Report on vaccination in the Province of Bengal - 1874-1889
Year: 1874
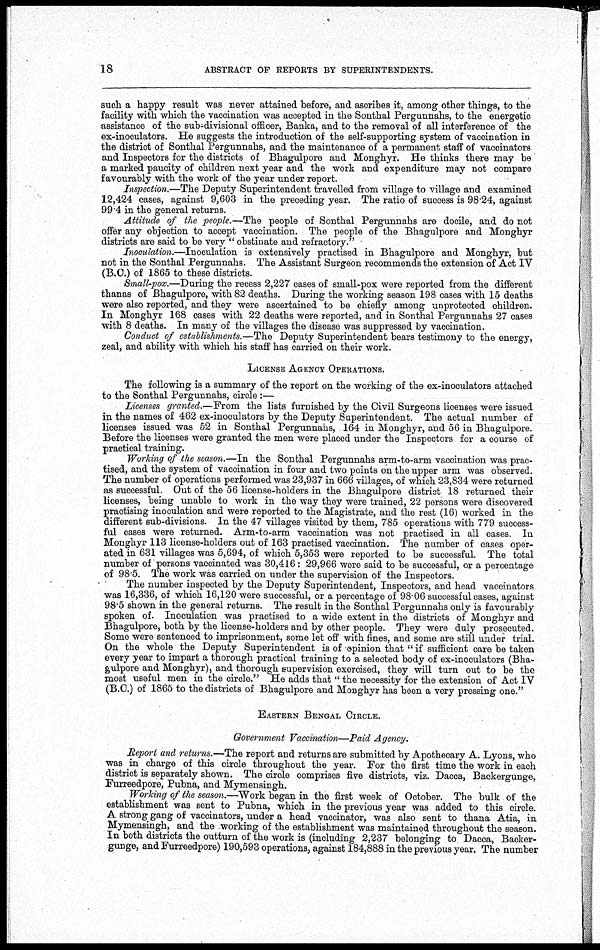
18
ABSTRACT OF REPORTS BY SUPERINTENDENTS.
such a happy result was never attained before, and ascribes it, among other things, to the
facility with which the vaccination was accepted in the Sonthal Pergunnahs, to the energetic
assistance of the sub-divisional officer, Banka, and to the removal of all interference of the
ex-inoculators. He suggests the introduction of the self-supporting system of vaccination in
the district of Sonthal Pergunnahs, and the maintenance of a permanent staff of vaccinators
and Inspectors for the districts of Bhagulpore and Monghyr. He thinks there may be
a marked paucity of children next year and the work and expenditure may not compare
favourably with the work of the year under report.
Inspection.—The Deputy Superintendent travelled from village to village and examined
12,424 cases, against 9,603 in the preceding year. The ratio of success is 98.24, against
99.4 in the general returns.
Attitude of the people.—The people of Sonthal Pergunnahs are docile, and do not
offer any objection to accept vaccination. The people of the Bhagulpore and Monghyr
districts are said to be very " obstinate and refractory." *
Inoculation.—Inoculation is extensively practised in Bhagulpore and Monghyr, but
not in the Sonthal Pergunnahs. The Assistant Surgeon recommends the extension of Act IV
(B.C.) of 1865 to these districts.
Small-pox.—During the recess 2,227 cases of small-pox were reported from the different
thanas of Bhagulpore, with 82 deaths. During the working season 198 cases with 15 deaths
were also reported, and they were ascertained to be chiefly among unprotected children.
In Monghyr 168 cases with 22 deaths were reported, and in Sonthal Pergunnahs 27 cases
with 8 deaths. In many of the villages the disease was suppressed by vaccination.
Conduct of establishments.—The Deputy Superintendent bears testimony to the energy,
zeal, and ability with which his staff has carried on their work.
LICENSE AGENCY OPERATIONS.
The following is a summary of the report on the working of the ex-incoulators attached
to the Sonthal Pergunnahs, circle:—
Licenses granted.—From the lists furnished by the Civil Surgeons licenses were issued
in the names of 462 ex-inoculators by the Deputy Superintendent. The actual number of
licenses issued was 52 in Sonthal Pergunnahs, 164 in Monghyr, and 56 in Bhagulpore.
Before the licenses were granted the men were placed under the Inspectors for a course of
practical training.
Working of the season.—In the Sonthal Pergunnahs arm-to-arm vaccination was prac-
tised, and the system of vaccination in four and two points on the upper arm was observed.
The number of operations performed was 23,937 in 666 villages, of which 23,834 were returned
as successful. Out of the 56 license-holders in the Bhagulpore district 18 returned their
licenses, being unable to work in the way they were trained, 22 persons were discovered
practising incoulation and were reported to the Magistrate, and the rest (16) worked in the
different sub-divisions. In the 47 villages visited by them, 785 operations with 779 success-
ful cases were returned. Arm-to-arm vaccination was not practised in all cases. In
Monghyr 113 license-holders out of 163 practised vaccination. The number of cases oper-
ated in 631 villages was 5,694, of which 5,353 were reported to be successful. The total
number of persons vaccinated was 30,416: 29,966 were said to be successful, or a percentage
of 98.5. The work was carried on under the supervision of the Inspectors.
The number inspected by the Deputy Superintendent, Inspectors, and head vaccinators
was 16,336, of which 16,120 were successful, or a percentage of 98.06 successful cases, against
98.5 shown in the general returns. The result in the Sonthal Pergunnahs only is favourably
spoken of. Inoculation was practised to a wide extent in the districts of Monghyr and
Bhagulpore, both by the license-holders and by other people. They were duly prosecuted.
Some were sentenced to imprisonment, some let off with fines, and some are still under trial.
On the whole the Deputy Superintendent is of -opinion that " if sufficient care be taken
every year to impart a thorough practical training to a selected body of ex-inoculators (Bha-
gulpore and Monghyr), and thorough supervision exercised, they will turn out to be the
most useful men in the circle." He adds that " the necessity for the extension of Act IV
(B.C.) of 1865 to the districts of Bhagulpore and Monghyr has been a very pressing one."
EASTERN BENGAL CIRCLE.
Government Vaccination—Paid Agency.
Report and returns.—The report and returns are submitted by Apothecary A. Lyons, who
was in charge of this circle throughout the year. For the first time the work in each
district is separately shown. The circle comprises five districts, viz. Dacca, Backergunge,
Furreedpore, Pubna, and Mymensingh.
Working of the season.—Work began in the first week of October. The bulk of the
establishment was sent to Pubna, which in the previous year was added to this circle.
A strong gang of vaccinators, under a head vaccinator, was also sent to thana Atia, in
Mymensingh, and the working of the establishment was maintained throughout the season.
In both districts the outturn of the work is (including 2,237 belonging to Dacca, Backer-
gunge, and Furreedpore) 190,593 operations, against 184,888 in the previous year. The number